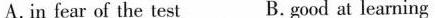
A.in fear of the test B.good at learning